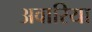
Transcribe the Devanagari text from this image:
अवारिया